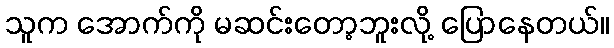
သူက အောက်ကို မဆင်းတော့ဘူးလို့ ပြောနေတယ်။